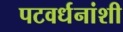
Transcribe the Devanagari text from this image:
पटवर्धनांशी